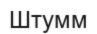
Штумм